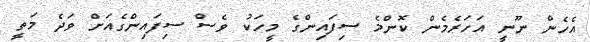
އެހެން ނޫނީ އަހަރެމެން ކޮންމެ ސިފައިންގެ މީހަކު ވެސް ސިފައިންގެއަށް ވަދެ މަތީ